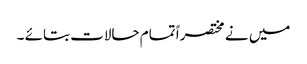
میں نے مختصراً تمام حالات بتائے ۔